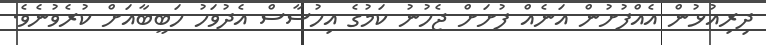
ދިރިއުޅުން އެއްފުށުން އަނެއް ފުށަށް ޖެހުނު ކަމުގެ އިހުސާސް އެދުވަހު ހަބީބާއަށް ކުރެވުނެވެ.